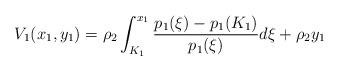
LaTeX: \begin{align*}\begin{aligned}V_1(x_1,y_1) =\rho_2 \int^{x_1}_{K_1} \frac{p_1(\xi)-p_1(K_1)}{p_1(\xi)}d\xi + \rho_2y_1\end{aligned}\end{align*}